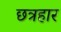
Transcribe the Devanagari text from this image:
छत्रहार